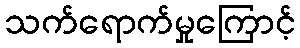
သက်ရောက်မှုကြောင့်